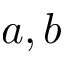
a , b